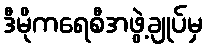
ဒီမိုကရေစီအဖွဲ့ချုပ်မှ